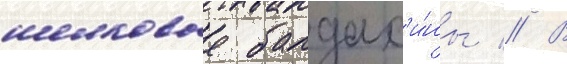
шелковые балдах'и́ны // В